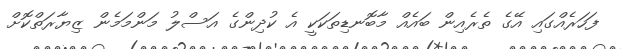
ފަހަރެއްގައި އޭގެ ތެރެއިން ބައެއް މާބޮނޑިތަކަކީ އެ ކުދިންގެ އަސްލު މަންމަމެން ޒިޔާރަތްކޮށް